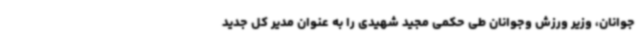
جوانان، وزیر ورزش وجوانان طی حکمی مجید شهیدی را به عنوان مدیر کل جدید